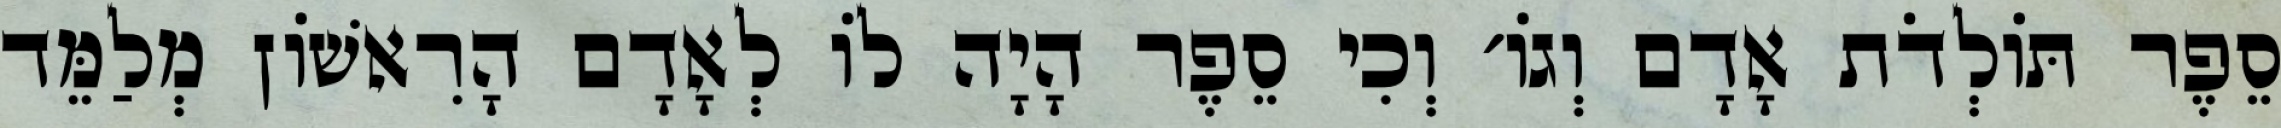
סֵפֶר תּוֹלְדֹת אָדָם וְגוֹ׳ וְכִי סֵפֶר הָיָה לוֹ לְאָדָם הָרִאשׁוֹן מְלַמֵּד